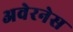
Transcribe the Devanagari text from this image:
अवेरनेस